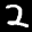
Label: 2